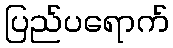
ပြည်ပရောက်